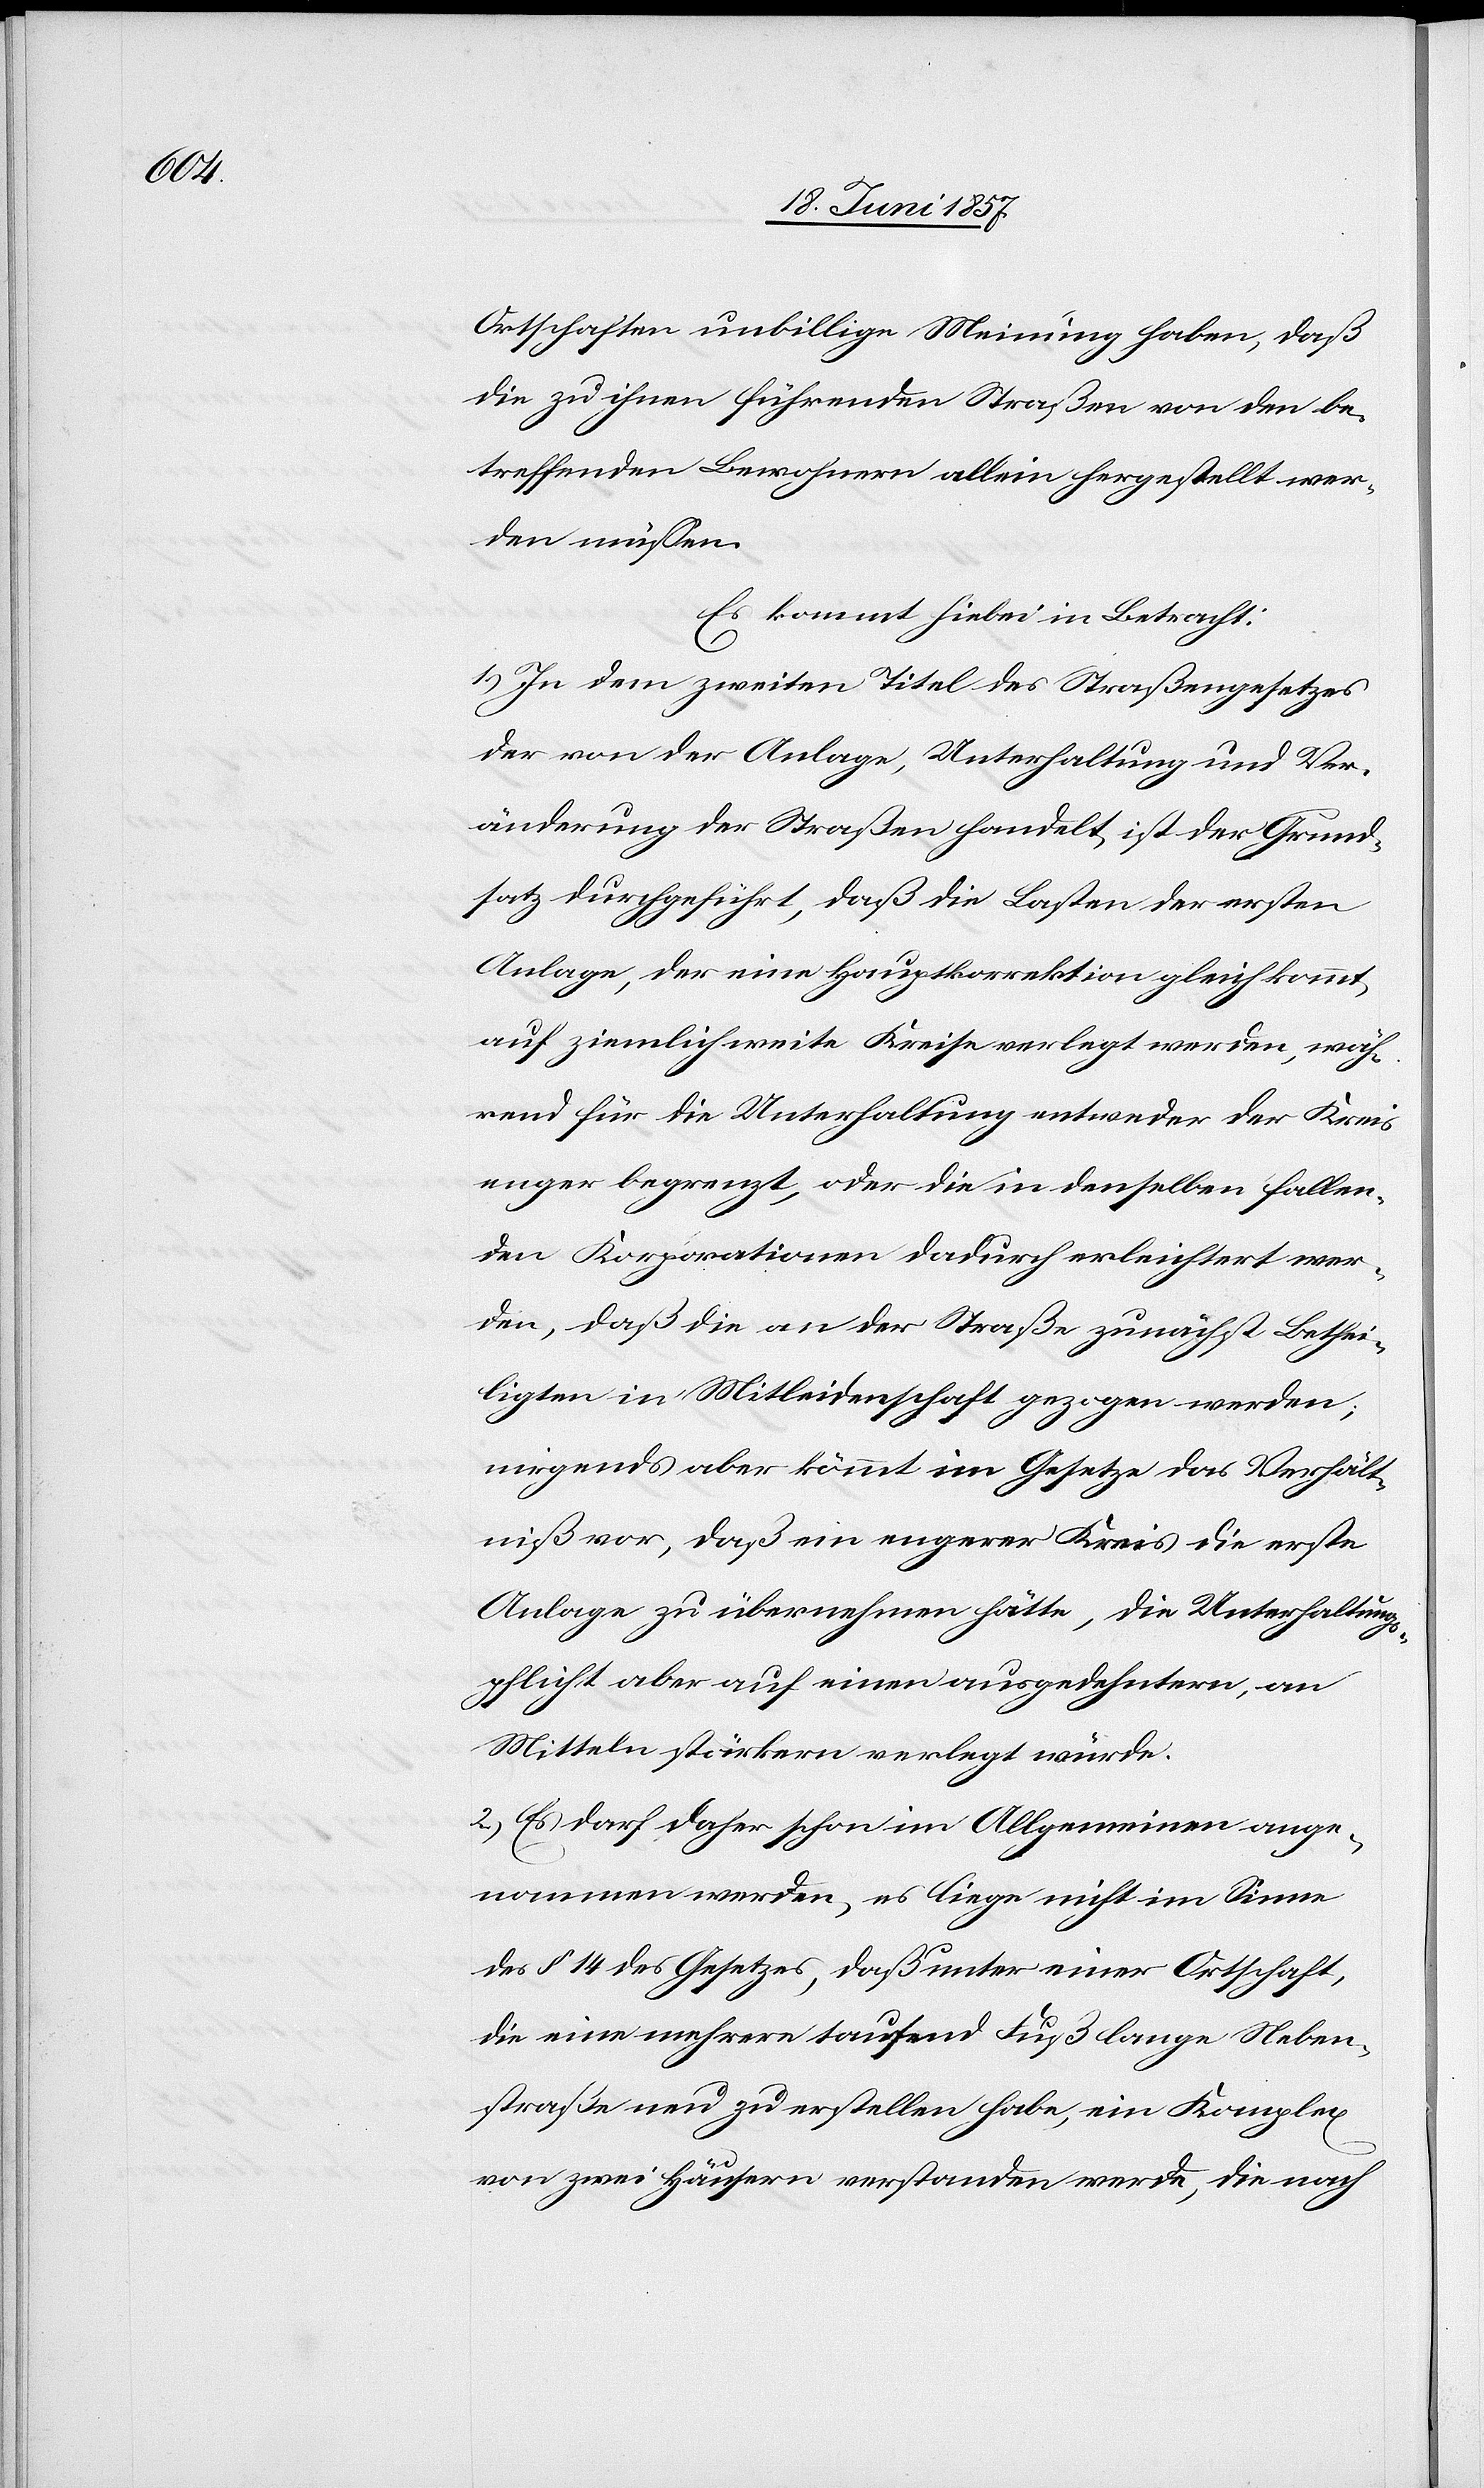
Ortschaften unbillige Meinung haben, daß
die zu ihnen führenden Straßen von den be¬
treffenden Bewohnern allein hergestellt wer¬
den müssen.
Es kommt hiebei in Betracht:
1.) In dem zweiten Titel des Straßengesetzes
der von der Anlage, Unterhaltung und Ver¬
änderung der Straßen handelt, ist der Grund¬
satz durchgeführt, daß die Lasten der ersten
Anlage, der eine Hauptkorrektion gleichkommt,
auf ziemlich weite Kreise verlegt werden, wäh¬
rend für die Unterhaltung entweder der Kreis
enger begrenzt, oder die in denselben fallen¬
den Korporationen dadurch erleichtert wer¬
den, daß die an der Straße zunächst Bethei¬
ligten in Mitleidenschaft gezogen werden;
nirgends aber kömmt im Gesetze das Verhält¬
niß vor, daß ein engerer Kreis die erste
Anlage zu übernehmen hätte, die Unterhaltung¬
spflicht aber auf einen ausgedehntern, an
Mitteln stärkern verlegt würde.
2.) Es darf daher schon im Allgemeinen ange¬
nommen werden, es liege nicht im Sinne
des § 14 des Gesetzes, daß unter einer Ortschaft,
die eine mehrere tausend Fuß lange Neben¬
straße neu zu erstellen habe, ein Komplex
von zwei Häusern verstanden werde, die nach